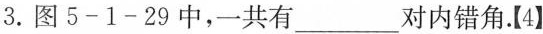
3.图5-1-29中，一共有___对内错角.【4】